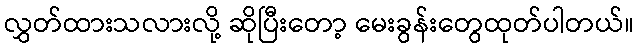
လွှတ်ထားသလားလို့ ဆိုပြီးတော့ မေးခွန်းတွေထုတ်ပါတယ်။